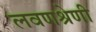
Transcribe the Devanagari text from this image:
लवणश्रेणी